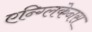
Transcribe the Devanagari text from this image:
एन्ग्लिकेनस